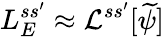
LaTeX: L_{E}^{ss^{\prime}}\approx\mathcal{L}^{ss^{\prime}}[\widetilde\psi]